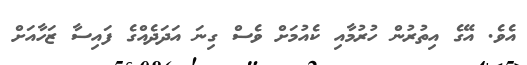
އެވެ. އޭގެ އިތުރުން ހުރުމާއި ކެއުމަށް ވެސް ގިނަ އަދަދެއްގެ ފައިސާ ޒަހާއަށް